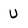
Character: U